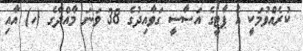
ކުރެއްވުމަކީ އެ ޕާޓީގެ އަސާސީ ގަވާއިދުގެ 38 ވަނަ މާއްދާގެ (ހ) އާއި